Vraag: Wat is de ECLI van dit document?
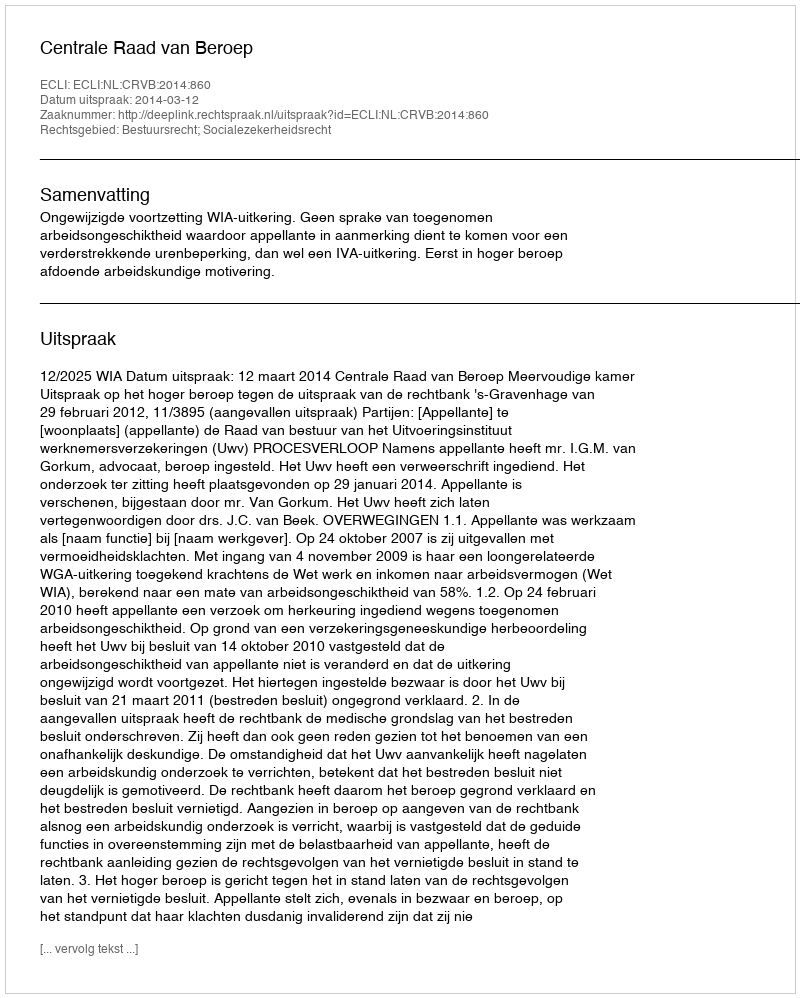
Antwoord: ECLI:NL:CRVB:2014:860